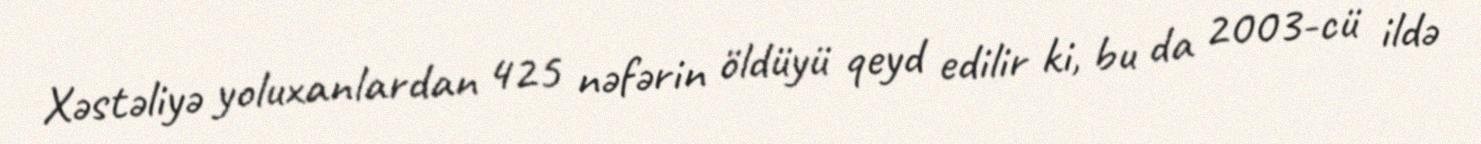
Xəstəliyə yoluxanlardan 425 nəfərin öldüyü qeyd edilir ki, bu da 2003-cü ildə